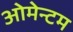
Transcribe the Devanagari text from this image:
ओमेन्टम